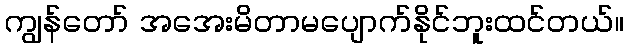
ကျွန်တော် အအေးမိတာမပျောက်နိုင်ဘူးထင်တယ်။